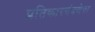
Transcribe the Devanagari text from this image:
प्रतिकारयंत्रणेचा